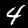
Label: 4